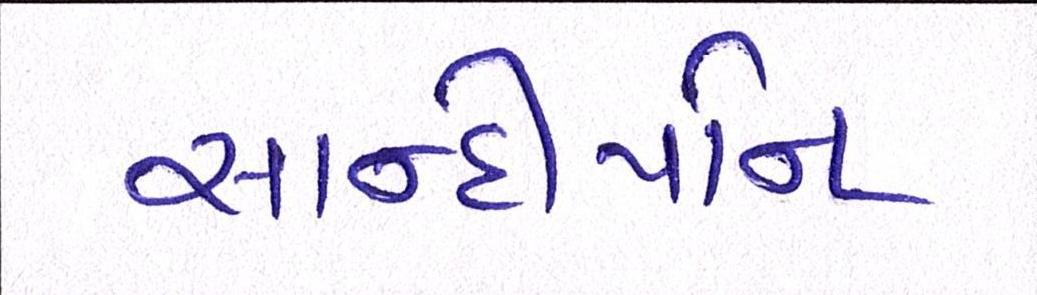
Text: સાન્દીપનિ